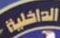
الداخلية